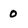
Character: 0